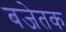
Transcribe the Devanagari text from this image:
बजेतक